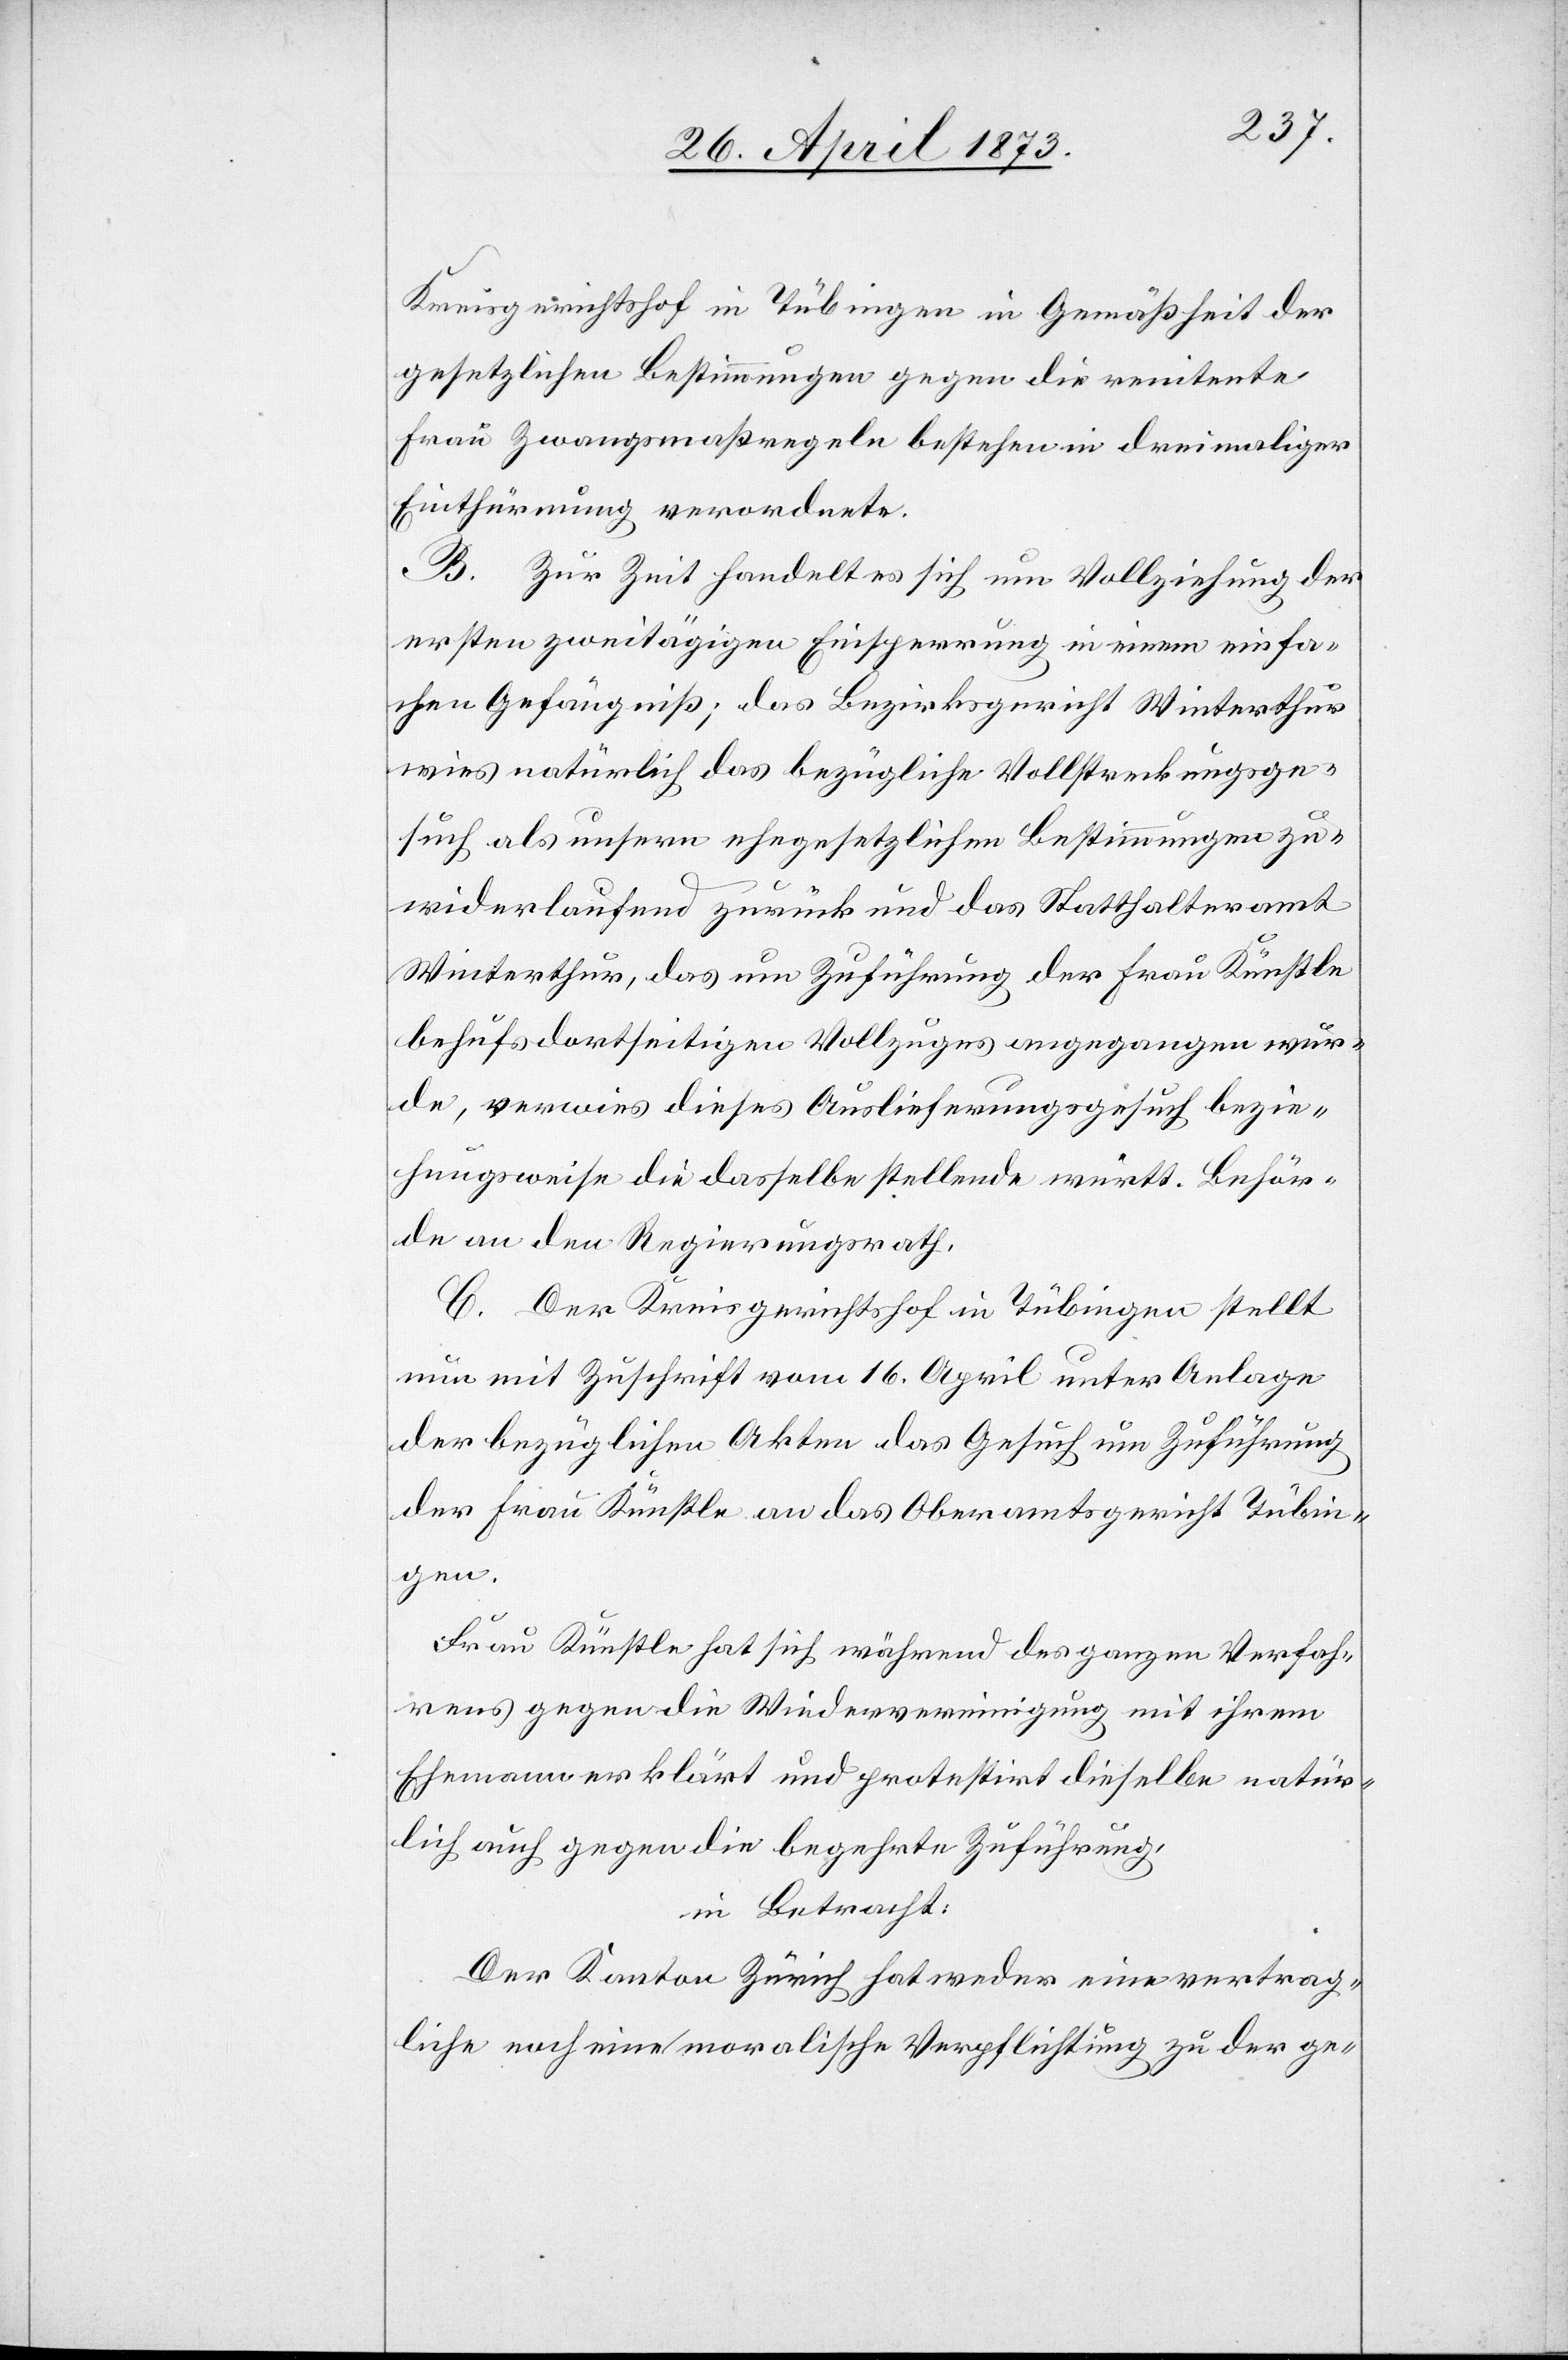
Kreisgerichtshof in Tübingen in Gemäßheit der
gesetzlichen Bestimmungen gegen die renitente
Frau Zwangsmaßregeln bestehen [sic!] in dreimaliger
Einthürmung verordnete.
B. Zur Zeit handelt es sich um Vollziehung der
ersten zweitägigen Einsperrung in einem einfa¬
chen Gefängniß; das Bezirksgericht Winterthur
wies natürlich das bezügliche Vollstreckungsge¬
such als unsern ehegesetzlichen Bestimmungen zu¬
widerlaufend zurück und das Statthalteramt
Winterthur, das um Zuführung der Frau Künstle
behufs dortseitigen Vollzuges angegangen wur¬
de, verwies dieses Auslieferungsgesuch bezie¬
hungsweise die dasselbe stellende württ. Behör¬
de an den Regierungsrath.
C. Der Kreisgerichtshof in Tübingen stellt
nun mit Zuschrift vom 16. April unter Anlage
der bezüglichen Akten das Gesuch um Zuführung
der Frau Künstle an das Oberamtsgericht Tübin¬
gen.
Frau Künstle hat sich während des ganzen Verfah¬
rens gegen die Wiedervereinigung mit ihrem
Ehemann erklärt und protestirt dieselbe natür¬
lich auch gegen die begehrte Zuführung,
in Betracht:
Der Kanton Zürich hat weder eine vertrag¬
liche noch eine moralische Verpflichtung zu der ge-